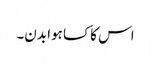
اس کا کسا ہوا بدن۔